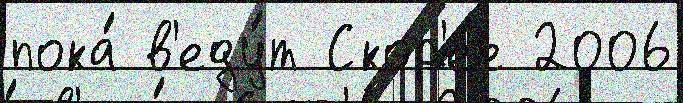
пока́ в'еду́т Скор'е́е 2006